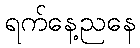
ရက်နေ့ညနေ